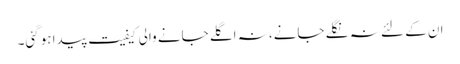
ان کے لئے نہ نگلے جانے، نہ اگلے جانے والی کیفیت پیدا ہوگئی۔